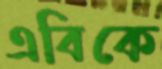
এবিকে